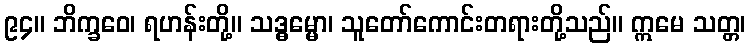
၉၄။ ဘိက္ခဝေ၊ ရဟန်းတို့။ သဒ္ဓမ္မော၊ သူတော်ကောင်းတရားတို့သည်။ ဣမေ သတ္တ၊